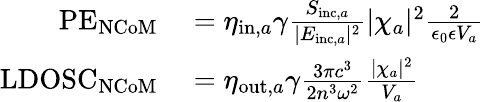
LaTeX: \begin{array}{rl}{\mathrm{PE}_{\mathrm{NCoM}}}&{{}=\eta_{\mathrm{in},a}\gamma\frac{S_{\mathrm{inc},a}}{|E_{\mathrm{inc},a}|^{2}}|\chi_{a}|^{2}\frac{2}{\epsilon_{0}\epsilon V_{a}}}\\ {\mathrm{LDOSC}_{\mathrm{NCoM}}}&{{}=\eta_{\mathrm{out},a}\gamma\frac{3\pi c^{3}}{2n^{3}\omega^{2}}\frac{|\chi_{a}|^{2}}{V_{a}}}\end{array}